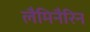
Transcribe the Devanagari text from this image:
लैमिनैरिन